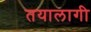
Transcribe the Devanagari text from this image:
तयालागी